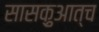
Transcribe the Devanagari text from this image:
सासक़ुआत्च